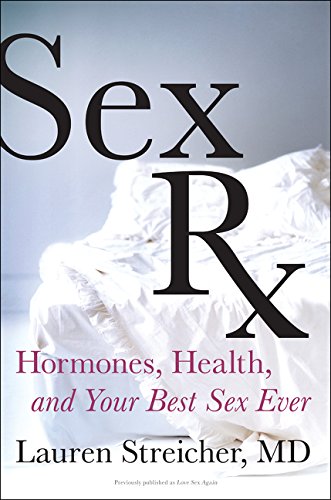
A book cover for Sex Rx: Hormones, Health, and Your Best Sex Ever; Lauren Streicher; Self-Help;